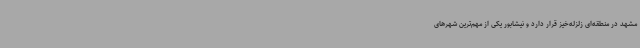
مشهد در منطقه‌ای زلزله‌خیز قرار دارد و نیشابور یکی از مهم‌ترین شهرهای